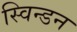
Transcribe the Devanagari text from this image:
स्विन्डन